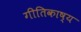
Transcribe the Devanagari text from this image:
गीतिकाष्य